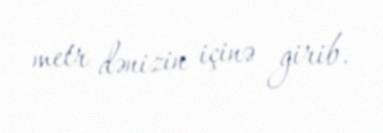
metr dənizin içinə girib.